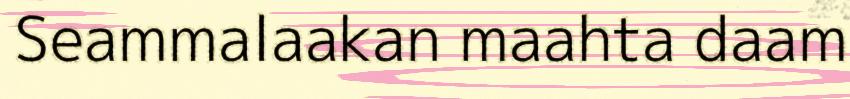
Seammalaakan maahta daam